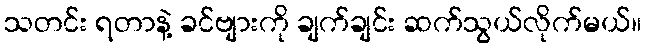
သတင်း ရတာနဲ့ ခင်ဗျားကို ချက်ချင်း ဆက်သွယ်လိုက်မယ်။